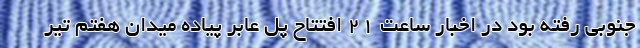
جنوبی رفته بود در اخبار ساعت 21 افتتاح پل عابر پیاده میدان هفتم تیر